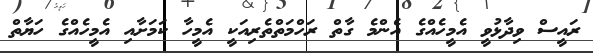
ރައީސް ވިދާޅުވީ އެމީހެއްގެ އެންމެ ގާތް ރަހްމަތްތެރިއަކީ އެމީހާ ކަމަށާއި އެމީހެއްގެ ހަޔާތް